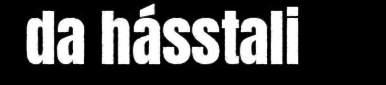
da hásstali